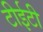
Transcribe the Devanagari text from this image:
टीईटी